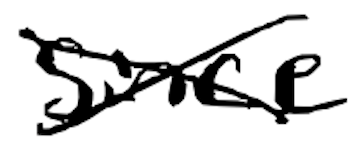
Text: since
Cross-out: cross
Writing tool: digital_black